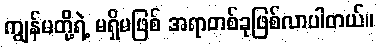
ကျွန်မတို့ရဲ့ မရှိမဖြစ် အရာတစ်ခုဖြစ်လာပါတယ်။